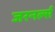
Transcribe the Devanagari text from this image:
जरनर्ल्स